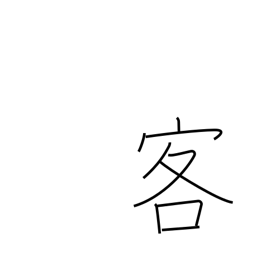
Meaning: customer